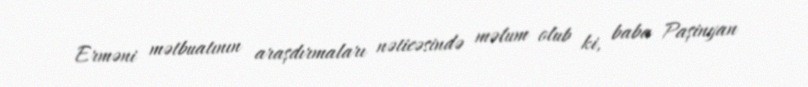
Erməni mətbuatının araşdırmaları nəticəsində məlum olub ki, baba Paşinyan